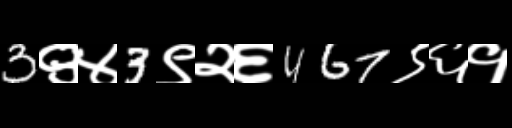
Text: 3९४3९२६467९६१